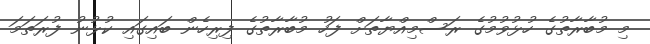
މި މުބާރާތުގެ ހުޅުވުމުގެ ރަސްމިއްޔާތަށް ފަހު މުބާރާތުގެ ފިރިހެން ބައިގައި ކުޅުނު ފުރަތަމަ